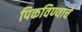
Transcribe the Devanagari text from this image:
पिकविण्याचे